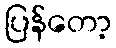
ပြန်တော့